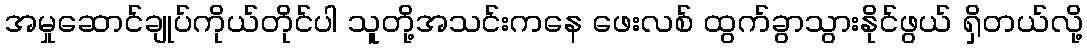
အမှုဆောင်ချုပ်ကိုယ်တိုင်ပါ သူတို့အသင်းကနေ ဖေးလစ် ထွက်ခွာသွားနိုင်ဖွယ် ရှိတယ်လို့